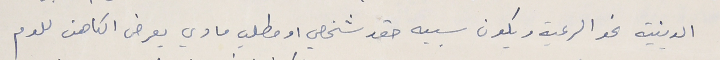
الدينية نحو الرعية ويكون سببه حقد شخصي او مطلب مادي يعرض الكاهن للوم